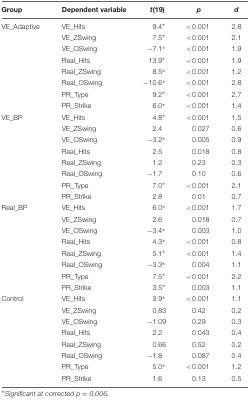
<table><thead><tr><td><b>Group</b></td><td><b>Dependent variable</b></td><td><b><i>t</i>(19)</b></td><td><b><i>p</i></b></td><td><b><i>d</i></b></td></tr></thead><tbody><tr><td>VE_Adaptive</td><td>VE_Hits</td><td>9.4*</td><td>&lt;0.001</td><td>2.8</td></tr><tr><td>[EMPTY_CELL]</td><td>VE_ZSwing</td><td>7.5*</td><td>&lt;0.001</td><td>2.1</td></tr><tr><td>[EMPTY_CELL]</td><td>VE_OSwing</td><td>–7.1*</td><td>&lt;0.001</td><td>1.9</td></tr><tr><td>[EMPTY_CELL]</td><td>Real_Hits</td><td>13.9*</td><td>&lt;0.001</td><td>1.9</td></tr><tr><td>[EMPTY_CELL]</td><td>Real_ZSwing</td><td>8.5*</td><td>&lt;0.001</td><td>1.2</td></tr><tr><td>[EMPTY_CELL]</td><td>Real_OSwing</td><td>–10.6*</td><td>&lt;0.001</td><td>2.8</td></tr><tr><td>[EMPTY_CELL]</td><td>PR_Type</td><td>9.2*</td><td>&lt;0.001</td><td>2.7</td></tr><tr><td>[EMPTY_CELL]</td><td>PR_Strike</td><td>6.0*</td><td>&lt;0.001</td><td>1.4</td></tr><tr><td>VE_BP</td><td>VE_Hits</td><td>4.8*</td><td>&lt;0.001</td><td>1.5</td></tr><tr><td>[EMPTY_CELL]</td><td>VE_ZSwing</td><td>2.4</td><td>0.027</td><td>0.6</td></tr><tr><td>[EMPTY_CELL]</td><td>VE_OSwing</td><td>–3.2*</td><td>0.005</td><td>0.9</td></tr><tr><td>[EMPTY_CELL]</td><td>Real_Hits</td><td>2.5</td><td>0.018</td><td>0.8</td></tr><tr><td>[EMPTY_CELL]</td><td>Real_ZSwing</td><td>1.2</td><td>0.23</td><td>0.3</td></tr><tr><td>[EMPTY_CELL]</td><td>Real_OSwing</td><td>–1.7</td><td>0.10</td><td>0.6</td></tr><tr><td>[EMPTY_CELL]</td><td>PR_Type</td><td>7.0*</td><td>&lt;0.001</td><td>2.1</td></tr><tr><td>[EMPTY_CELL]</td><td>PR_Strike</td><td>2.8</td><td>0.01</td><td>0.7</td></tr><tr><td>Real_BP</td><td>VE_Hits</td><td>6.0*</td><td>&lt;0.001</td><td>1.7</td></tr><tr><td>[EMPTY_CELL]</td><td>VE_ZSwing</td><td>2.6</td><td>0.018</td><td>0.7</td></tr><tr><td>[EMPTY_CELL]</td><td>VE_OSwing</td><td>–3.4*</td><td>0.003</td><td>1.0</td></tr><tr><td>[EMPTY_CELL]</td><td>Real_Hits</td><td>4.3*</td><td>&lt;0.001</td><td>0.8</td></tr><tr><td>[EMPTY_CELL]</td><td>Real_ZSwing</td><td>5.1*</td><td>&lt;0.001</td><td>1.4</td></tr><tr><td>[EMPTY_CELL]</td><td>Real_OSwing</td><td>–3.3*</td><td>0.004</td><td>1.1</td></tr><tr><td>[EMPTY_CELL]</td><td>PR_Type</td><td>7.5*</td><td>&lt;0.001</td><td>2.2</td></tr><tr><td>[EMPTY_CELL]</td><td>PR_Strike</td><td>3.5*</td><td>0.003</td><td>1.1</td></tr><tr><td>Control</td><td>VE_Hits</td><td>3.9*</td><td>&lt;0.001</td><td>1.1</td></tr><tr><td>[EMPTY_CELL]</td><td>VE_ZSwing</td><td>0.83</td><td>0.42</td><td>0.2</td></tr><tr><td>[EMPTY_CELL]</td><td>VE_OSwing</td><td>–1.09</td><td>0.29</td><td>0.3</td></tr><tr><td>[EMPTY_CELL]</td><td>Real_Hits</td><td>2.2</td><td>0.043</td><td>0.4</td></tr><tr><td>[EMPTY_CELL]</td><td>Real_ZSwing</td><td>0.66</td><td>0.52</td><td>0.2</td></tr><tr><td>[EMPTY_CELL]</td><td>Real_OSwing</td><td>–1.8</td><td>0.087</td><td>0.4</td></tr><tr><td>[EMPTY_CELL]</td><td>PR_Type</td><td>5.0*</td><td>&lt;0.001</td><td>1.2</td></tr><tr><td>[EMPTY_CELL]</td><td>PR_Strike</td><td>1.6</td><td>0.13</td><td>0.5</td></tr></tbody></table>